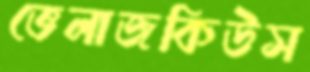
ভেলাজকিউস